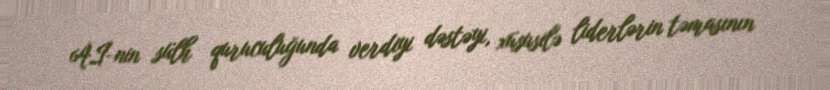
Aİ-nin sülh quruculuğunda verdiyi dəstəyi, xüsusilə liderlərin təmasının